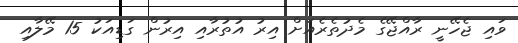
ވައި ޖެހޭނީ ރާއްޖޭގެ މެދުތެރެއަށް އިރު އުތުރާއި އިރުން ގަޑިއަކު 15 މޭލާއި